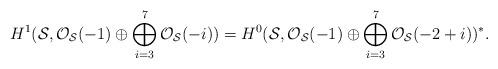
LaTeX: \begin{align*}H^{1} ({\cal S}, {\cal O}_{{\cal S}}(-1) \oplus\bigoplus_{i=3}^{7} {\cal O}_{{\cal S}}(-i))=H^{0} ({\cal S}, {\cal O}_{{\cal S}}(-1) \oplus\bigoplus_{i=3}^{7} {\cal O}_{{\cal S}}(-2+i))^{*}.\end{align*}